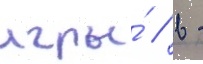
игры́ / в -